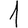
Digit: 1